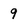
Character: 9